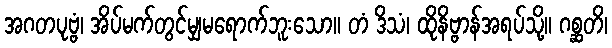
အဂတပုဗ္ဗံ၊ အိပ်မက်တွင်မျှမရောက်ဘူးသော။ တံ ဒိသံ၊ ထိုနိဗ္ဗာန်အရပ်သို့။ ဂစ္ဆတိ၊